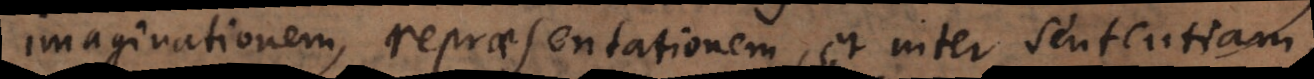
imaginationem, repraesentationem, et inter sententiam,